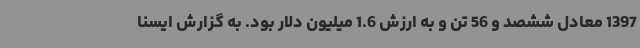
1397 معادل ششصد و 56 تن و به ارزش 1.6 میلیون دلار بود. به گزارش ایسنا